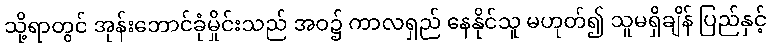
သို့ရာတွင် အုန်းဘောင်ခုံမှိုင်းသည် အဝ၌ ကာလရှည် နေနိုင်သူ မဟုတ်၍ သူမရှိချိန် ပြည်နှင့်